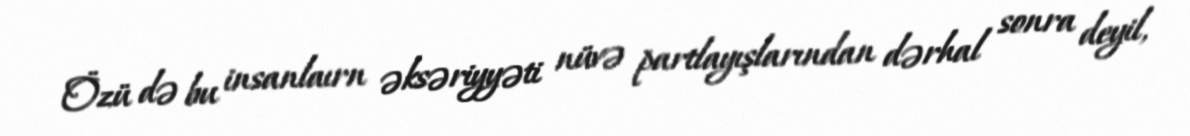
Özü də bu insanlaırn əksəriyyəti nüvə partlayışlarından dərhal sonra deyil,